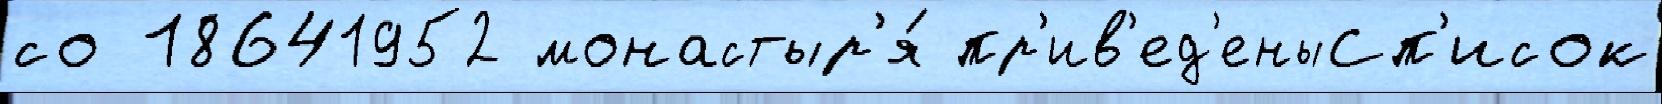
со 18641952 монастыр'я́ пр'ив'ед'еныСп'исок